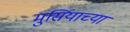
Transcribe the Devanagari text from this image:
मुर्सियाच्या